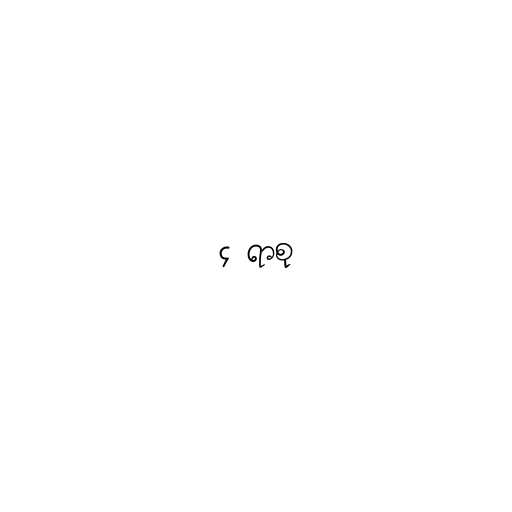
၄ ရာစု